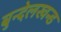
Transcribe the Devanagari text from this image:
बुन्देलखन्ड